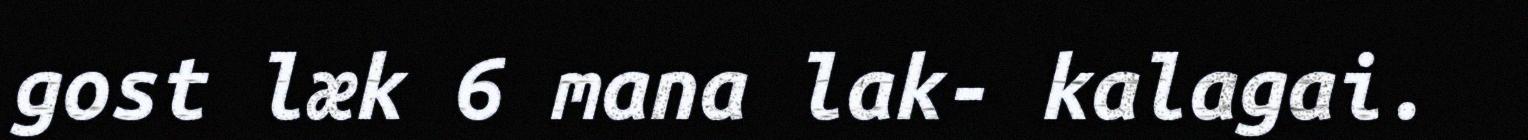
gost læk 6 mana lak- kalagai.